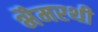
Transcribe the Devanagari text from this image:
भैमरथी